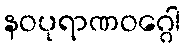
နဝပုရာဏဝဂ္ဂေါ